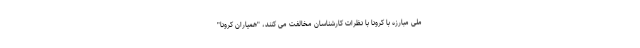
ملی مبارزه با کرونا با نظرات کارشناسان مخالفت می کنند، "همیاران کرونا"